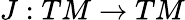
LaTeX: J:TM\rightarrow TM